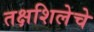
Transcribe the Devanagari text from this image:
तक्षशिलेचे